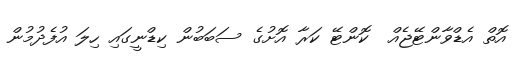
އޮތް އެޑްވާންޓޭޖެއް  ކޮންޓޭ ކަރާ އޮށުގެ ސަބަބުން ކިޑްނީގައި ހިލަ އުފެދުމުން